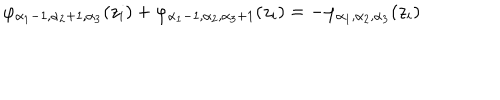
LaTeX: \varphi _ { \alpha _ { 1 } - 1 , \alpha _ { 2 } + 1 , \alpha _ { 3 } } ( z _ { i } ) + \varphi _ { \alpha _ { 1 } - 1 , \alpha _ { 2 } , \alpha _ { 3 } + 1 } ( z _ { i } ) = - \varphi _ { \alpha _ { 1 } , \alpha _ { 2 } , \alpha _ { 3 } } ( z _ { i } )